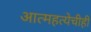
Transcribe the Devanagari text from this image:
आत्महत्येचीही